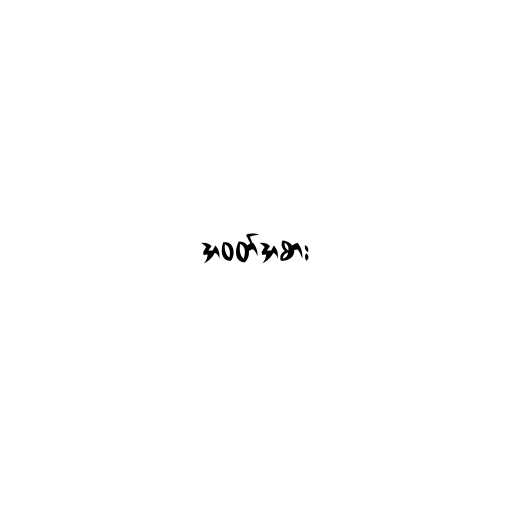
အဝတ်အစား